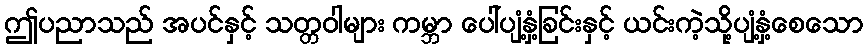
ဤပညာသည် အပင်နှင့် သတ္တဝါများ ကမ္ဘာ ပေါ်ပျံ့နှံ့ခြင်းနှင့် ယင်းကဲ့သို့ပျံ့နှံ့စေသော